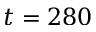
t = 2 8 0